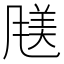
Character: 𫖿